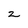
Character: 2